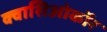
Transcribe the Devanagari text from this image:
क्वाशिओर्कॉर